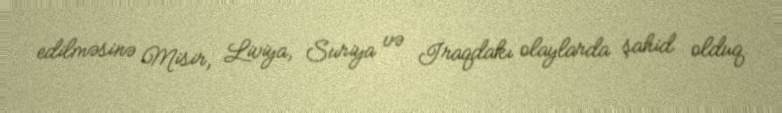
edilməsinə Misir, Liviya, Suriya və İraqdakı olaylarda şahid olduq.